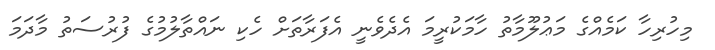
މިހުރިހާ ކަމެއްގެ މަޢުލޫމާތު ހާމަކުރީމަ އެދެވެނީ އެފަރާތަށް ހެކި ނައްތާލުމުގެ ފުރުސަތު މާދަމަ